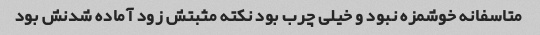
متاسفانه خوشمزه نبود و خیلی چرب بود نکته مثبتش زود آماده شدنش بود